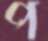
প